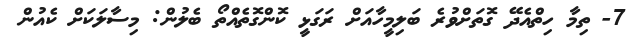
7- ތިމާ ހިތްއެދޭ ގޮތަށްވުރެ ބަލިމީހާއަށް ރަގަޅީ ކޮންގޮތެއްތޯ ބެލުން: މިސާލަކަށް ކެއުން